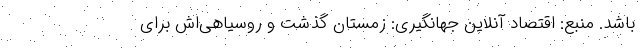
باشد. منبع: اقتصاد آنلاین جهانگیری: زمستان گذشت و روسیاهی‌اش برای